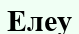
Елеу